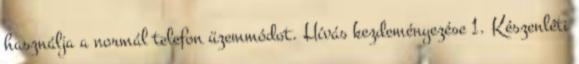
használja a normál telefon üzemmódot. Hívás kezdeményezése 1. Készenléti